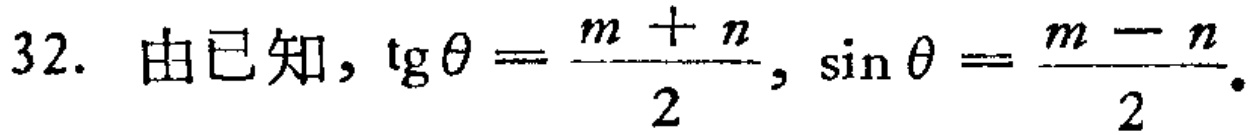
32. 由已知，\(\mathrm{tg}\theta = \frac{m + n}{2}, \sin\theta = \frac{m - n}{2}\).